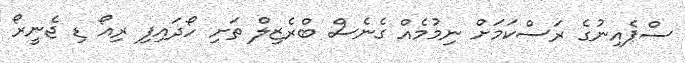
ސްޕެއިނުގެ ރަސްކަމަށް ނިމުމެއް ގެނެސް ބްރެޒިލް ތަށި ހޯދައިފި ރިއޯ ޑި ޖެނީރޯ